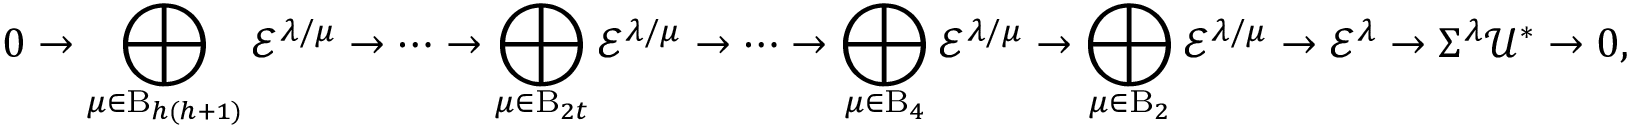
0 \to \bigoplus _ { \mu \in \mathrm { B } _ { h ( h + 1 ) } } { \mathcal { E } } ^ { \lambda / \mu } \to \cdots \to \bigoplus _ { \mu \in \mathrm { B } _ { 2 t } } { \mathcal { E } } ^ { \lambda / \mu } \to \cdots \to \bigoplus _ { \mu \in \mathrm { B } _ { 4 } } { \mathcal { E } } ^ { \lambda / \mu } \to \bigoplus _ { \mu \in \mathrm { B } _ { 2 } } { \mathcal { E } } ^ { \lambda / \mu } \to { \mathcal { E } } ^ { \lambda } \to \Sigma ^ { \lambda } { \mathcal { U } } ^ { * } \to 0 ,